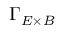
\Gamma _ { E \times B }